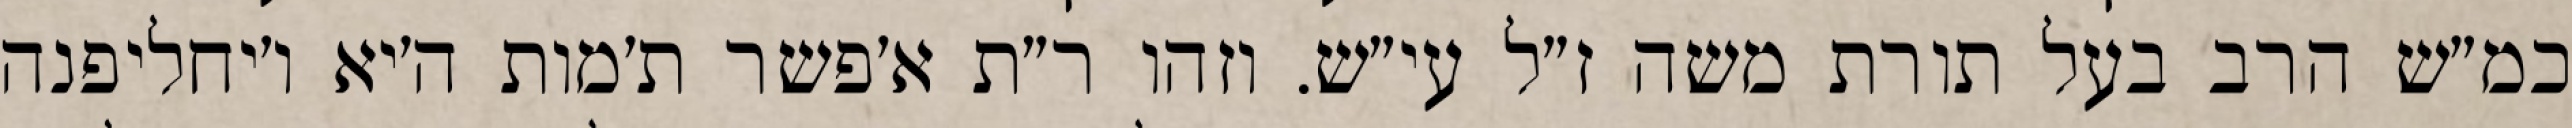
כמ״ש הרב בעל תורת משה ז״ל עי״ש. וזהו ר״ת א׳פשר ת׳מות ה׳יא ו׳יחליפנה